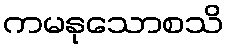
ကမနုသောစသိ